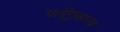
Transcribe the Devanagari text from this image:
गतीनुसारच